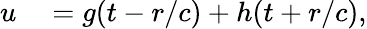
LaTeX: \begin{array}{rl}{u}&{{}=g(t-r/c)+h(t+r/c),}\end{array}